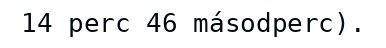
14 perc 46 másodperc).